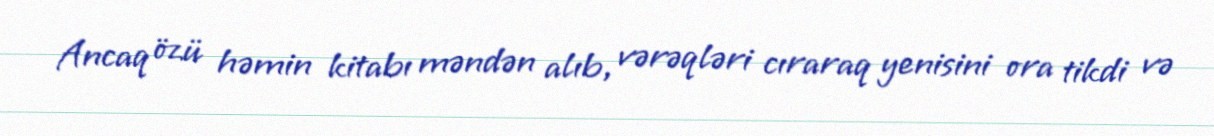
Ancaq özü həmin kitabı məndən alıb, vərəqləri cıraraq yenisini ora tikdi və